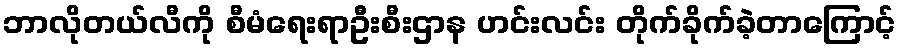
ဘာလိုတယ်လီကို စီမံရေးရာဦးစီးဌာန ဟင်းလင်း တိုက်ခိုက်ခဲ့တာကြောင့်